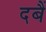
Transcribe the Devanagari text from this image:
दबैं